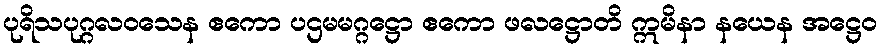
ပုရိသပုဂ္ဂလဝသေန ဧကော ပဌမမဂ္ဂဋ္ဌော ဧကော ဖလဋ္ဌောတိ ဣမိနာ နယေန အဋ္ဌေဝ